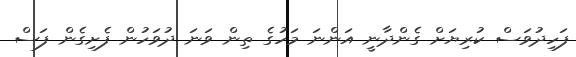
ފަހިދުވަސް ކުރިޔަށް ގެންދާނީ އަންނަ މަހުގެ ތިން ވަނަ ދުވަހުން ފެށިގެން ފަސް